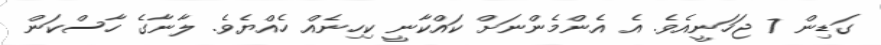
ގަޑިން 7 ޖަހަނީއެވެ. އެ އެންމެންނަށް ކައްކާނީ ކިހިނެއް ހެއްޔެވެ. ލާނާގެ ހާސްކަން